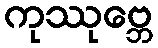
ကုဿုဗ္ဘေ